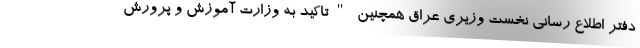
دفتر اطلاع رسانی نخست وزیری عراق همچنین "تاکید به وزارت آموزش و پرورش